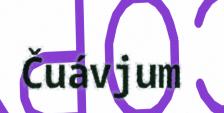
Čuávjum